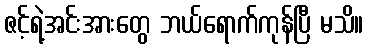
ဇင့်ရဲ့အင်းအားတွေ ဘယ်ရောက်ကုန်ပြီ မသိ။